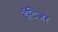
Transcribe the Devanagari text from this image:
इंटिजर